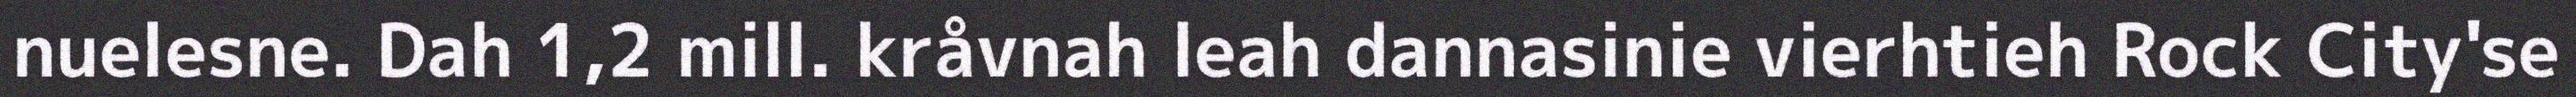
nuelesne. Dah 1,2 mill. kråvnah leah dannasinie vierhtieh Rock City'se